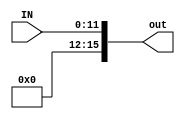
`timescale 1ns/1ns
module signExtend(input [11:0] IN , output reg [15:0] out);
always@(IN) begin
	out <= {4'b0,IN};
end
endmodule